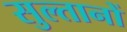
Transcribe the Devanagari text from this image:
सुल्‍तानों